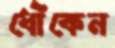
ধোঁকেন